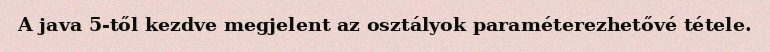
A java 5-től kezdve megjelent az osztályok paraméterezhetővé tétele.